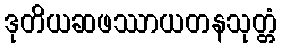
ဒုတိယဆဖဿာယတနသုတ္တံ